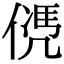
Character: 𠌩